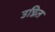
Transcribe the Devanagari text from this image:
उन्नित